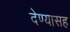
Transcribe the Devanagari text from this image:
देण्‍यासह